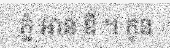
ភ្នំ អាន ឌី ។ កូន